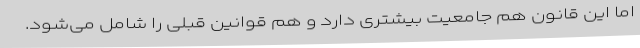
اما این قانون هم جامعیت بیشتری دارد و هم قوانین قبلی را شامل می‌شود.